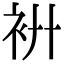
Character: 𧘬